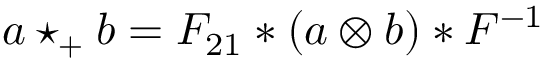
a \star _ { + } b = { \cal F } _ { 2 1 } * ( a \otimes b ) * { \cal F } ^ { - 1 }